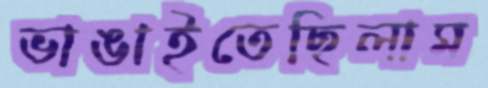
ভাঙাইতেছিলাম